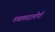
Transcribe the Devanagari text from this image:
मध्यमपदलोपी